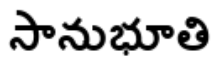
సానుభూతి